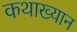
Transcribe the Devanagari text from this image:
कथाख्यान